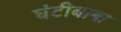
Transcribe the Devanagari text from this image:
घंटीबाबा